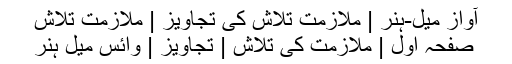
آواز میل-ہنر | ملازمت تلاش کی تجاویز | ملازمت تلاش
صفحہ اول | ملازمت کی تلاش | تجاویز | وائس میل ہنر